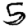
Digit: 5